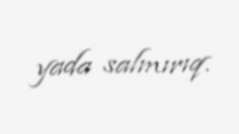
yada salmırıq.